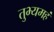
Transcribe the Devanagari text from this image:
तुभ्यमहं